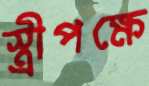
স্ত্রীপক্ষে